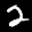
Label: 2